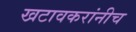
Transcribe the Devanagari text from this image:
खटावकरांनीच